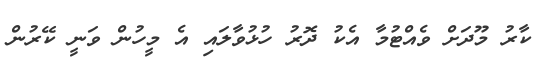
ކާރު މޫދަށް ވެއްޓުމާ އެކު ދޮރު ހުޅުވާލައި އެ މީހުން ވަނީ ކޭރުން